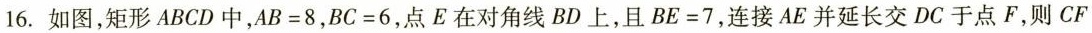
16.如图，矩形ABCD中，$$A B = 8$$，$$B C = 6$$，点E在对角线BD上，且$$B E = 7$$，连接AE并延长交DC于点F，则CF